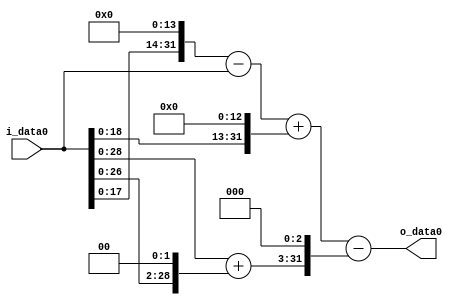
module multiplier_block (
    i_data0,
    o_data0
);

  // Port mode declarations:
  input   [31:0] i_data0;
  output  [31:0]
    o_data0;

  //Multipliers:

  wire [31:0]
    w1,
    w16384,
    w16383,
    w8192,
    w24575,
    w4,
    w5,
    w40,
    w24535;

  assign w1 = i_data0;
  assign w16383 = w16384 - w1;
  assign w16384 = w1 << 14;
  assign w24535 = w24575 - w40;
  assign w24575 = w16383 + w8192;
  assign w4 = w1 << 2;
  assign w40 = w5 << 3;
  assign w5 = w1 + w4;
  assign w8192 = w1 << 13;

  assign o_data0 = w24535;

  //multiplier_block area estimate = 6649.47358046471;
endmodule